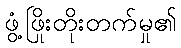
ဖွံ့ဖြိုးတိုးတက်မှု၏